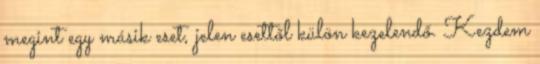
megint egy másik eset, jelen esettől külön kezelendő. Kezdem